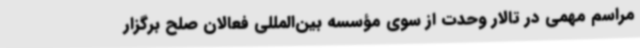
مراسم مهمی در تالار وحدت از سوی مؤسسه بین‌المللی فعالان صلح برگزار